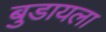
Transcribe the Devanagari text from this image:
बुडायला